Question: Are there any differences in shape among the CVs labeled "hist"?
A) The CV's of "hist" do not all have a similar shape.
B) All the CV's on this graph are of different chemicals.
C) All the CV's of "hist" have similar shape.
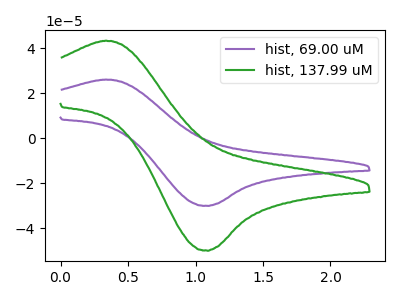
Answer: <think>The purple curve "hist, 69.00 uM" has an anodic peak at (0.35V, 26.10uA) and a cathodic peak at (1.10V, -30.00uA). The green curve "hist, 137.99 uM" has an anodic peak at (0.35V, 43.35uA) and a cathodic peak at (1.10V, -49.90uA).
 All the peaks in "hist, 69.00 uM" have a peak in "hist, 137.99 uM" at the same potential. Every peak in "hist, 69.00 uM" is lower than every peak in "hist, 137.99 uM".</think>
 <answer>C) All the CV's of "hist" have similar shape.</answer>
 <eval>C</eval>